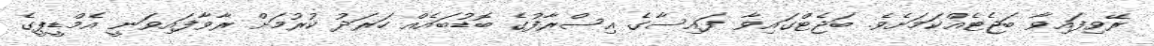
ރޭވިފައިވާ ބަޖެޓެއްކަމަށެވެ. ބަޖެޓްގައިވާ ފައިސާގެ އިސްރާފުގެ ބޮޑުބައެއް ހަރަދު ކުރުމަށް ރާވާފައިވަނީ އެމްޑީޕީގެ